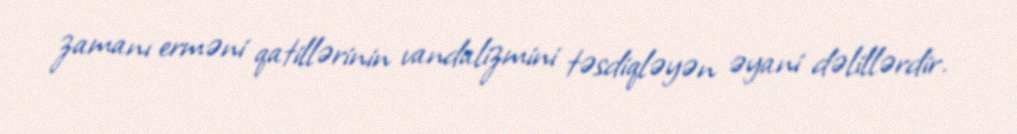
zamanı erməni qatillərinin vandalizmini təsdiqləyən əyani dəlillərdir.